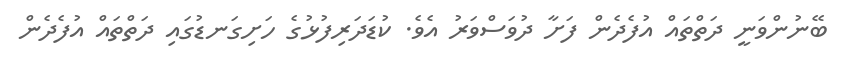
ބޭނުންވަނީ ދަތްތައް އުފެދެން ފަށާ ދުވަސްވަރު އެވެ. ކުޑަދަރިފުޅުގެ ހަށިގަނޑުގައި ދަތްތައް އުފެދެން